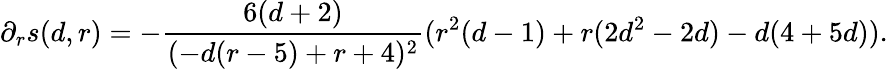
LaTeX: \partial_{r}s(d,r)=-\frac{6(d+2)}{(-d(r-5)+r+4)^{2}}(r^{2}(d-1)+r(2d^{2}-2d)-d(4+5d)).